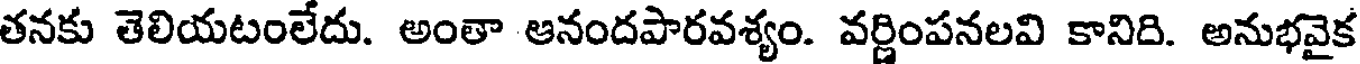
తనకు తెలియటంలేదు. అంతా ఆనందపారవశ్యం. వర్ణింపనలవి కానిది. అనుభవైక